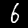
Digit: 6